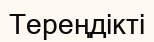
Тереңдікті